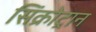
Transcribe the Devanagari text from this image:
सिंक्रोट्रान